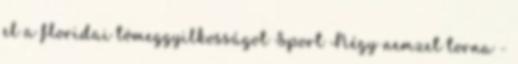
el a floridai tömeggyilkosságot Sport Négy nemzet torna -